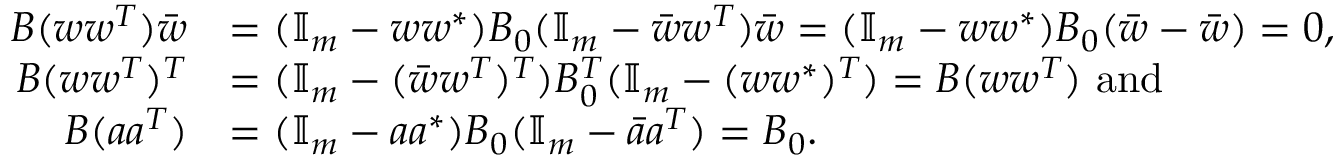
\begin{array} { r l } { B ( w w ^ { T } ) \Bar w } & { = ( \mathbb { I } _ { m } - w w ^ { \ast } ) B _ { 0 } ( \mathbb { I } _ { m } - \Bar w w ^ { T } ) \Bar w = ( \mathbb { I } _ { m } - w w ^ { \ast } ) B _ { 0 } ( \Bar w - \Bar w ) = 0 , } \\ { B ( w w ^ { T } ) ^ { T } } & { = ( \mathbb { I } _ { m } - ( \Bar w w ^ { T } ) ^ { T } ) B _ { 0 } ^ { T } ( \mathbb { I } _ { m } - ( w w ^ { \ast } ) ^ { T } ) = B ( w w ^ { T } ) \mathrm { \ a n d } } \\ { B ( a a ^ { T } ) } & { = ( \mathbb { I } _ { m } - a a ^ { \ast } ) B _ { 0 } ( \mathbb { I } _ { m } - \Bar a a ^ { T } ) = B _ { 0 } . } \end{array}